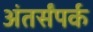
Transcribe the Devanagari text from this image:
अंतर्संपर्क